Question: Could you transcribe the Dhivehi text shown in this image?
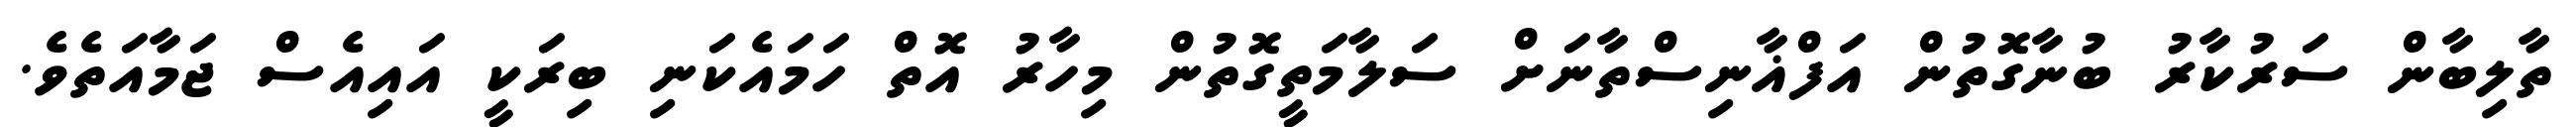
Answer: ތާލިބާން ސަރުކާރު ބުނާގޮތުން އަފްޣާނިސްތާނަށް ސަލާމަތީގޮތުން މިހާރު އޮތް ހަމައެކަނި ބިރަކީ އައިއެސް ޖަމާއަތެވެ.